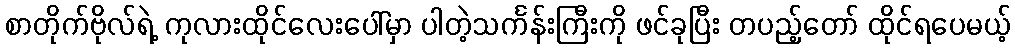
စာတိုက်ဗိုလ်ရဲ့ ကုလားထိုင်လေးပေါ်မှာ ပါတဲ့သင်္ကန်းကြီးကို ဖင်ခုပြီး တပည့်တော် ထိုင်ရပေမယ့်